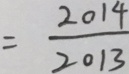
= \frac { 2 0 1 4 } { 2 0 1 3 }